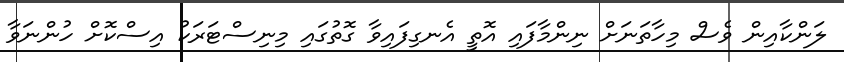
ލަންކާއިން ވެސް މިހާތަނަށް ނިންމާފައި އޮތީ އެނގިފައިވާ ގޮތުގައި މިނިސްޓަރަކު އިސްކޮށް ހުންނަވާ